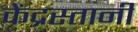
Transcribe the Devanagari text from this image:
केंद्रस्तानी